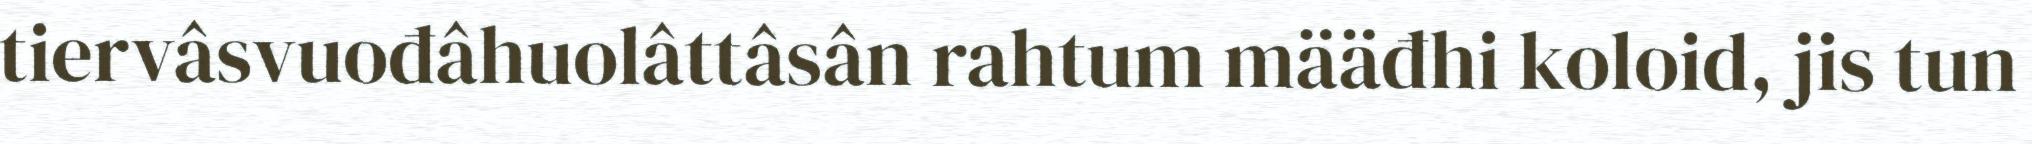
tiervâsvuođâhuolâttâsân rahtum määđhi koloid, jis tun